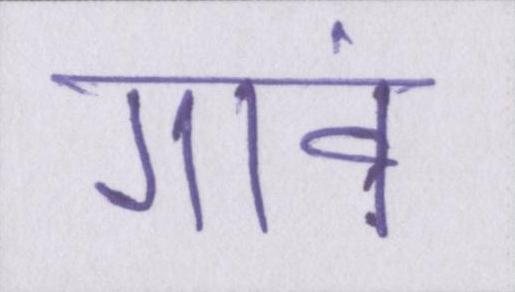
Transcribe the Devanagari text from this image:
गावं